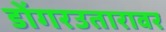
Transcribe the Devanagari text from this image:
डोंगरउतारावर